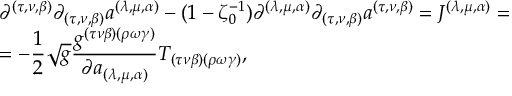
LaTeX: \begin{array} { l } { { \partial ^ { ( \tau , \nu , \beta ) } \partial _ { ( \tau , \nu , \beta ) } a ^ { ( \lambda , \mu , \alpha ) } - ( 1 - \zeta _ { 0 } ^ { - 1 } ) \partial ^ { ( \lambda , \mu , \alpha ) } \partial _ { ( \tau , \nu , \beta ) } a ^ { ( \tau , \nu , \beta ) } = J ^ { ( \lambda , \mu , \alpha ) } = } } \\ { { = - \displaystyle \frac { 1 } { 2 } \sqrt { g } \displaystyle \frac { g ^ { ( \tau \nu \beta ) ( \rho \omega \gamma ) } } { \partial a _ { ( \lambda , \mu , \alpha ) } } T _ { ( \tau \nu \beta ) ( \rho \omega \gamma ) } , } } \end{array}